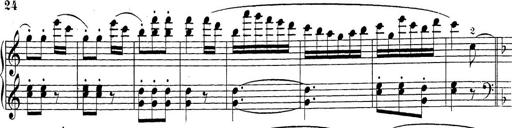
Title: Sonatina Album
Composer: Louis KÃ¶hler